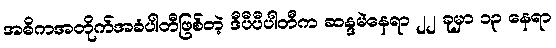
အဓိကအတိုက်အခံပါတီဖြစ်တဲ့ ဒီပီပီပါတီက ဆန္ဒမဲနေရာ ၂၂ ခုမှာ ၁၃ နေရာ